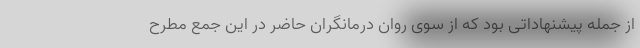
از جمله پیشنهاداتی بود که از سوی روان درمانگران حاضر در این جمع مطرح